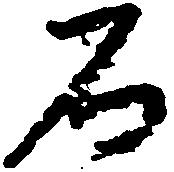
石